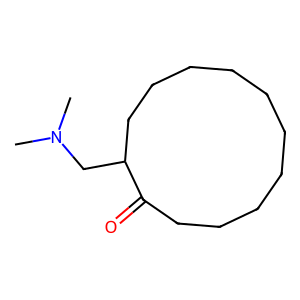
SMILES: CN(C)CC1CCCCCCCCCCC1=O
Inhibits HIV replication: No